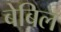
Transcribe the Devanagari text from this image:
बेबिल